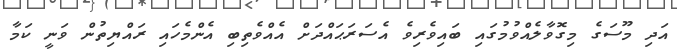
އަދި މޫސަގެ މިގޮވާލެއްވުމުގައި ބައިވެރިވެ އެސަރަޙައްދަށް އެއްވެތިބި އެންމެހައި ރައްޔިތުން ވަނީ ކަމާ